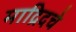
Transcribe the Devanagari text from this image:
माद्रिदचे